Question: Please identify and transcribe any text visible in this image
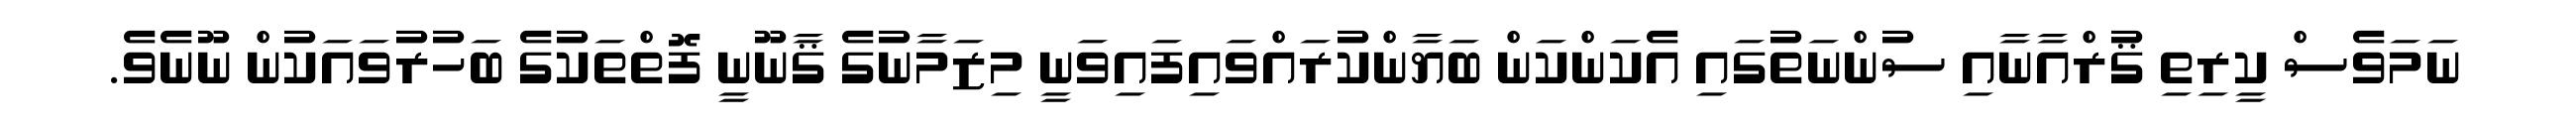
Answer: ނަމަވެސް ކީރިތި ޤުރްއާނާއި ސުންނަތުގައި އެކަންކަން ބަޔާންކުރައްވައިފައިވަނީ މިޒަމާނުގެ ޤާނޫނީ ފޮތްތަކުގެ ބަހުރުވައަކުން ނޫނެވެ.